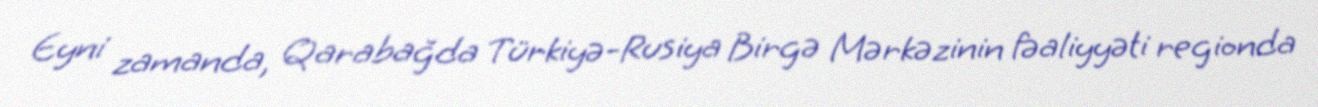
Eyni zamanda, Qarabağda Türkiyə-Rusiya Birgə Mərkəzinin fəaliyyəti regionda